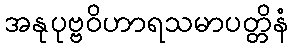
အနုပုဗ္ဗဝိဟာရသမာပတ္တိနံ